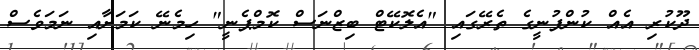
ދޫކުރި އެއް ކުންފުނީގެ ތެރޭގައި "އެލޮކޭޓް ބިޒްނަސް ކޮމްޕެނީ" ހިމެނޭ ކަމަށާއި ނަމަވެސް